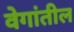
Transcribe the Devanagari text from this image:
वेगांतील